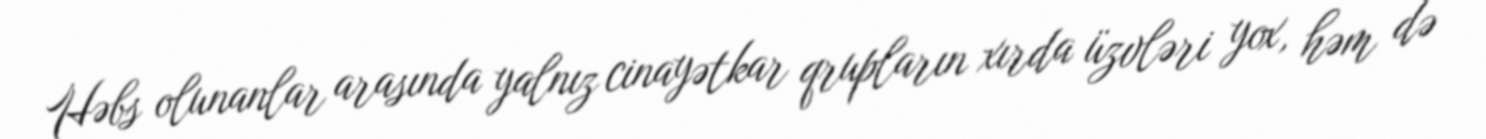
Həbs olunanlar arasında yalnız cinayətkar qrupların xırda üzvləri yox, həm də